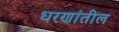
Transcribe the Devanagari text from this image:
धरणांतील